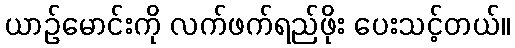
ယာဉ်မောင်းကို လက်ဖက်ရည်ဖိုး ပေးသင့်တယ်။